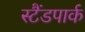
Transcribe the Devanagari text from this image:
स्टैंडपार्क